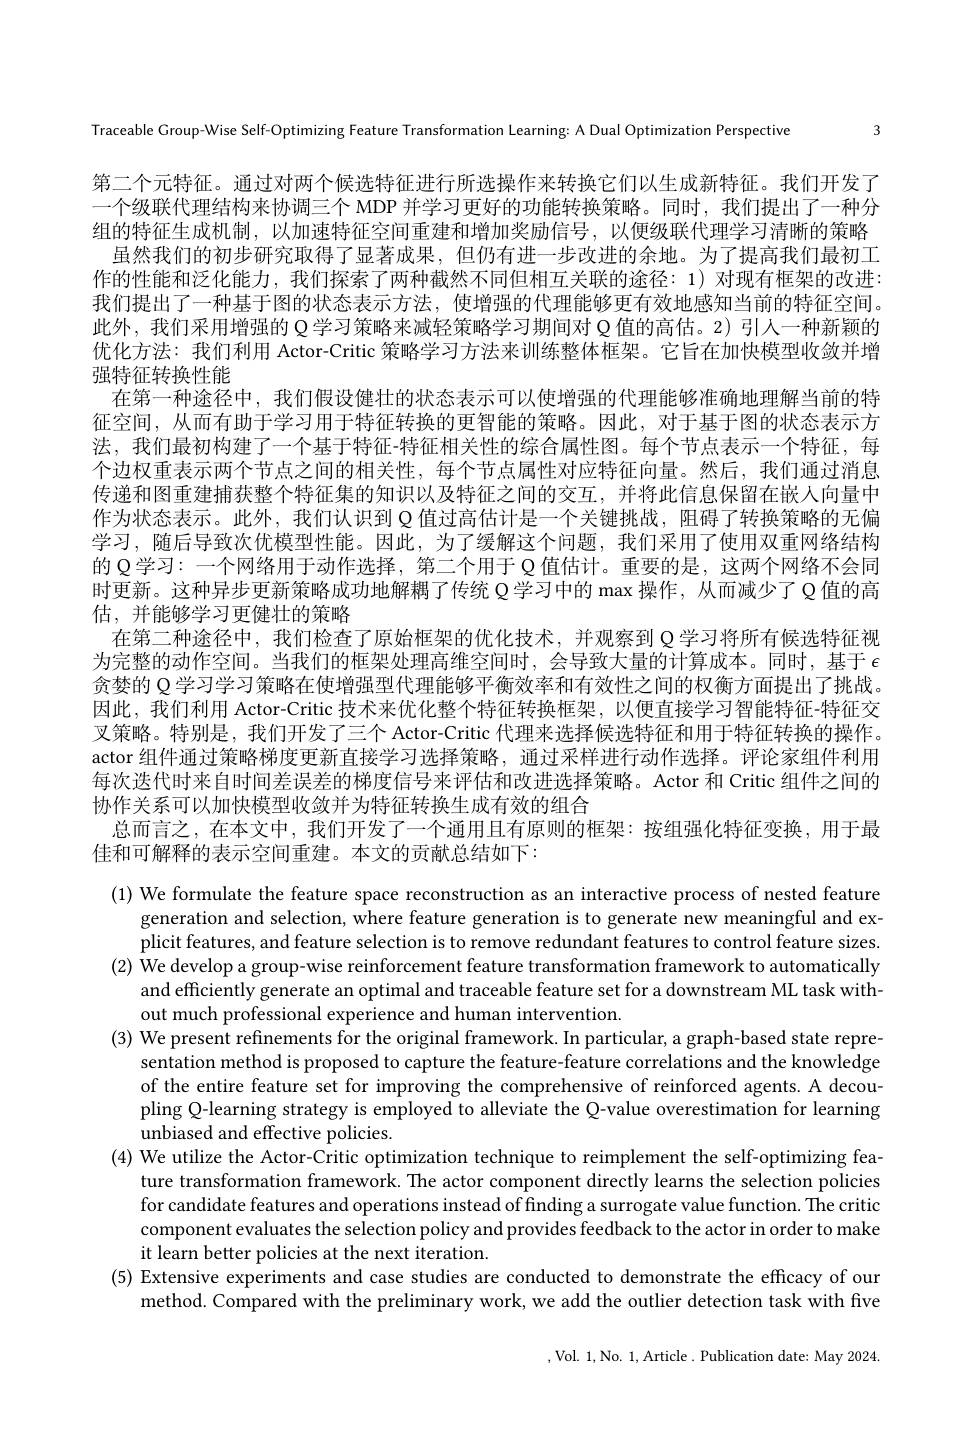
Traceable Group-Wise Self-Optimizing Feature Transformation Learning: A Dual Optimization Perspective 3

第二个元特征。通过对两个候选特征进行所选操作来转换它们以生成新特征。我们开发了一个级联代理结构来协调三个 MDP 并学习更好的功能转换策略。同时，我们提出了一种分组的特征生成机制，以加速特征空间重建和增加奖励信号，以便级联代理学习清晰的策略虽然我们的初步研究取得了显著成果，但仍有进一步改进的余地。为了提高我们最初工作的性能和泛化能力，我们探索了两种截然不同但相互关联的途径：1)对现有框架的改进： 我们提出了一种基于图的状态表示方法，使增强的代理能够更有效地感知当前的特征空间。此外，我们采用增强的 Q学习策略来减轻策略学习期间对 Q 值的高估。2) 引人一种新颖的优化方法：我们利用 Actor-Critic 策略学习方法来训练整体框架。它旨在加快模型收敛并增强特征转换性能
在第一种途径中，我们假设健壮的状态表示可以使增强的代理能够准确地理解当前的特征空间，从而有助于学习用于特征转换的更智能的策略。因此，对于基于图的状态表示方法，我们最初构建了一个基于特征-特征相关性的综合属性图。每个节点表示一个特征，每个边权重表示两个节点之间的相关性，每个节点属性对应特征向量。然后，我们通过消息传递和图重建捕获整个特征集的知识以及特征之间的交互，并将此信息保留在嵌入向量中作为状态表示。此外，我们认识到 Q 值过高估计是一个关键挑战，阻碍了转换策略的无偏学习，随后导致次优模型性能。因此，为了缓解这个问题，我们采用了使用双重网络结构的 Q 学习：一个网络用于动作选择，第二个用于 Q 值估计。重要的是，这两个网络不会同时更新。这种异步更新策略成功地解耦了传统 Q 学习中的 max 操作，从而减少了 Q 值的高估，并能够学习更健壮的策略
在第二种途径中，我们检查了原始框架的优化技术，并观察到 Q 学习将所有候选特征视为完整的动作空间。当我们的框架处理高维空间时，会导致大量的计算成本。同时，基于$\epsilon$ 贪婪的 Q 学习学习策略在使增强型代理能够平衡效率和有效性之间的权衡方面提出了挑战。因此，我们利用 Actor-Critic 技术来优化整个特征转换框架，以便直接学习智能特征-特征交叉策略。特别是，我们开发了三个 Actor-Critic 代理来选择候选特征和用于特征转换的操作。actor 组件通过策略梯度更新直接学习选择策略，通过采样进行动作选择。评论家组件利用每次迭代时来自时间差误差的梯度信号来评估和改进选择策略。Actor 和 Critic 组件之间的协作关系可以加快模型收敛并为特征转换生成有效的组合
总而言之，在本文中，我们开发了一个通用且有原则的框架：按组强化特征变换，用于最
佳和可解释的表示空间重建。本文的贡献总结如下：
(1) We formulate the feature space reconstruction as an interactive process of nested feature
generation and selection, where feature generation is to generate new meaningful and explicit features, and feature selection is to remove redundant features to control feature sizes
(2) We develop a group-wise reinforcement feature transformation framework to automatically
and efficiently generate an optimal and traceable feature set for a downstream ML task with-
out much professional experience and human intervention.
(3) We present refinements for the original framework. In particular, a graph-based state repre-
sentation method is proposed to capture the feature-feature correlations and the knowledge of the entire feature set for improving the comprehensive of reinforced agents. A decoupling Q-learning strategy is employed to alleviate the Q-value overestimation for learning unbiased and effective policies.
(4) We utilize the Actor-Critic optimization technique to reimplement the self-optimizing fea-
ture transformation framework. The actor component directly learns the selection policies for candidate features and operations instead of finding a surrogate value function. The critic component evaluates the selection policy and provides feedback to the actor in order to make it learn better policies at the next iteration.
(5) Extensive experiments and case studies are conducted to demonstrate the efficacy of our
method. Compared with the preliminary work, we add the outlier detection task with five

,Vol. 1,No. 1,Article. Publication date: May 2024